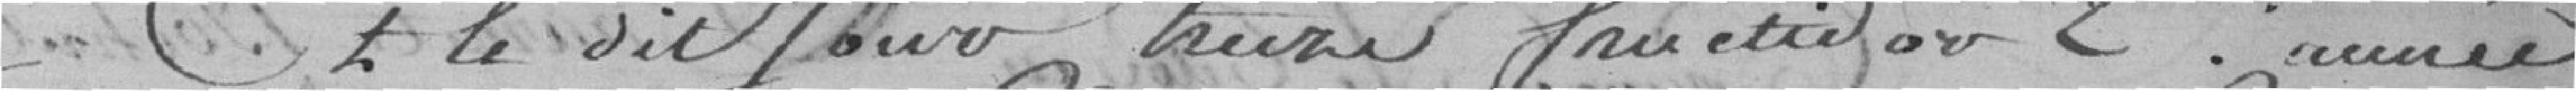
Et le dit jour treize fructidor 2ème année